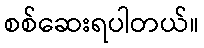
စစ်ဆေးရပါတယ်။